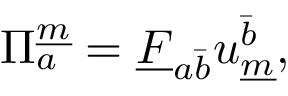
\Pi _ { a } ^ { \underline { { { m } } } } = \underline { { { F } } } _ { { a } { \bar { b } } } u _ { \underline { { { m } } } } ^ { \bar { b } } ,